Senior Leaving Certificate Examination (including Day School Certificate (Higher) General paper), 1950
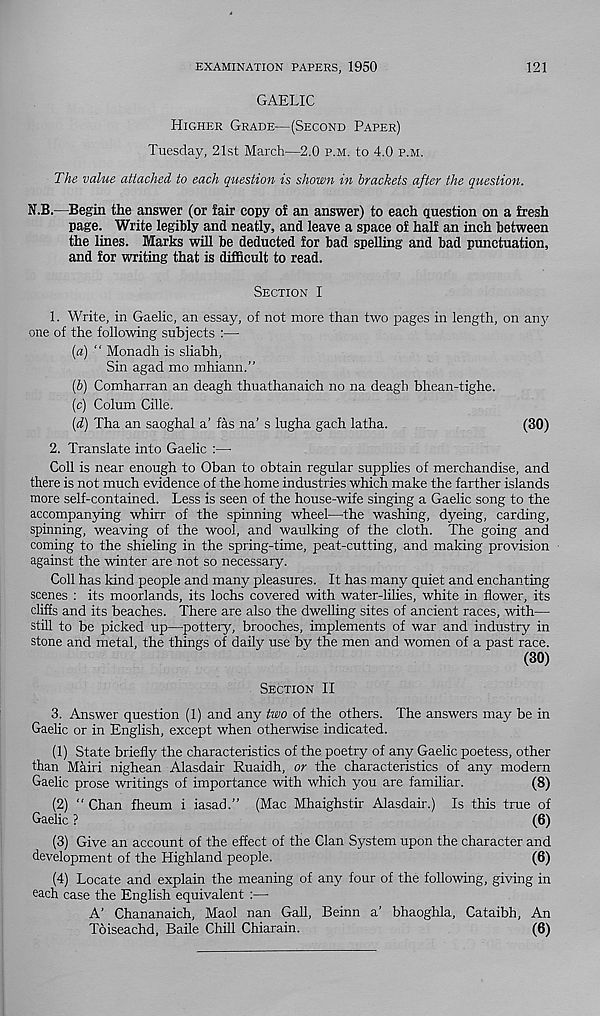
EXAMINATION PAPERS, 1950
121
GAELIC
Higher Grade—(Second Paper)
Tuesday, 21st March—2.0 p.m. to 4.0 p.m.
The value attached to each question is shown in brackets after the question.
N.B.—Begin the answer (or fair copy of an answer) to each question on a fresh
page. Write legibly and neatly, and leave a space of half an inch between
the lines. Marks will be deducted for bad spelling and bad punctuation,
and for writing that is difficult to read.
Section I
1. Write, in Gaelic, an essay, of not more than two pages in length, on any
one of the following subjects
(а) “ Monadh is sliabh,
Sin agad mo mhiann.’’
(б) Comharran an deagh thuathanaich no na deagh bhean-tighe.
(c) Colum Cille.
(d) Tha an saoghal a' fas na’s lugha gach latha.
(30)
2. Translate into Gaelic :—
Coll is near enough to Oban to obtain regular supplies of merchandise, and
there is not much evidence of the home industries which make the farther islands
more self-contained. Less is seen of the house-wife singing a Gaelic song to the
accompanying whirr of the spinning wheel—the washing, dyeing, carding,
spinning, weaving of the wool, and waulking of the cloth. The going and
coming to the shieling in the spring-time, peat-cutting, and making provision
against the winter are not so necessary.
Coll has kind people and many pleasures. It has many quiet and enchanting
scenes : its moorlands, its lochs covered with water-lilies, white in flower, its
cliffs and its beaches. There are also the dwelling sites of ancient races, with—-
still to be picked up—pottery, brooches, implements of war and industry in
stone and metal, the things of daily use by the men and women of a past race.
(30)
Section II
3. Answer question (1) and any two of the others. The answers may be in
Gaelic or in English, except when otherwise indicated.
(1) State briefly the characteristics of the poetry of any Gaelic poetess, other
than Mairi nighean Alasdair Ruaidh, or the characteristics of any modern
Gaelic prose writings of importance with which you are familiar.
(8)
(2) “ Chan fheum i iasad.” (Mac Mhaighstir Alasdair.) Is this true of
Gaelic ?
(6)
(3) Give an account of the effect of the Clan System upon the character and
development of the Highland people.
(6)
(4) Locate and explain the meaning of any four of the following, giving in
each case the English equivalent :—-
A’ Chananaich, Maol nan Gall, Beinn a’ bhaoghla, Cataibh, An
Toiseachd, Baile Chill Chiarain.
(6)